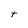
Character: t